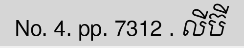
No. 4. pp. 7312 . លីប៊ី